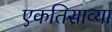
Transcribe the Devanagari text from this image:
एकतिसाव्या